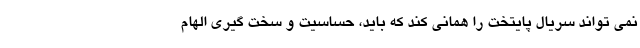
نمی تواند سریال پایتخت را همانی کند که باید، حساسیت و سخت گیری الهام